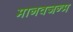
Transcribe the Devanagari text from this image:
मानवजन्म